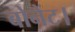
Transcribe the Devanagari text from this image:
बोनेंट।